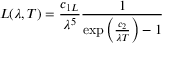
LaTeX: L ( \lambda , T ) = { \frac { c _ { 1 L } } { \lambda ^ { 5 } } } { \frac { 1 } { \exp \left( { \frac { c _ { 2 } } { \lambda T } } \right) - 1 } }